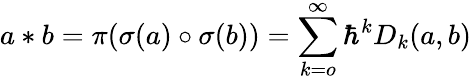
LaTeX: a\ast b=\pi(\sigma(a)\circ\sigma(b))=\sum_{k=o}^{\infty}\hbar^{k}D_{k}(a,b)\,